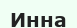
Инна